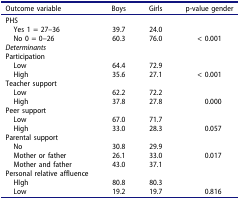
| Outcome variable | Boys | Girls | p-value gender |
 | --- | --- | --- | --- |
 | PHS |  |  |  |
 | Yes 1 = 27–36 | 39.7 | 24.0 |  |
 | No 0 = 0–26 | 60.3 | 76.0 | < 0.001 |
 | Determinants |  |  |  |
 | Participation |  |  |  |
 | Low | 64.4 | 72.9 |  |
 | High | 35.6 | 27.1 | < 0.001 |
 | Teacher support |  |  |  |
 | Low | 62.2 | 72.2 |  |
 | High | 37.8 | 27.8 | 0.000 |
 | Peer support |  |  |  |
 | Low | 67.0 | 71.7 |  |
 | High | 33.0 | 28.3 | 0.057 |
 | Parental support |  |  |  |
 | No | 30.8 | 29.9 |  |
 | Mother or father | 26.1 | 33.0 | 0.017 |
 | Mother and father | 43.0 | 37.1 |  |
 | Personal relative affluence |  |  |  |
 | HIgh | 80.8 | 80.3 |  |
 | Low | 19.2 | 19.7 | 0.816 |